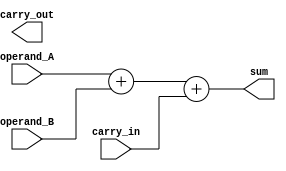
module carry_detect_adder (
input wire [7:0] operand_A,
input wire [7:0] operand_B,
input wire carry_in,
output wire [7:0] sum,
output wire carry_out
);

// Define internal wires and signals
wire [7:0] sum_internal;
assign sum = sum_internal;
assign carry_out = sum_internal[8];

// Define the carry-detect adder logic
assign sum_internal = operand_A + operand_B + carry_in;

endmodule